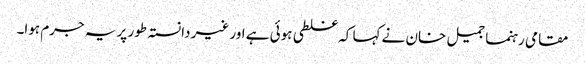
مقامی رہنما جمیل خان نے کہا کہ غلطی ہوئی ہے اور غیر دانستہ طور پر یہ جرم ہوا۔